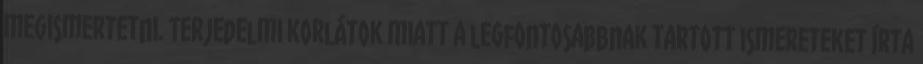
megismertetni. Terjedelmi korlátok miatt a legfontosabbnak tartott ismereteket írta